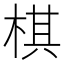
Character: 棋